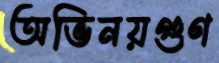
অভিনয়গুণ